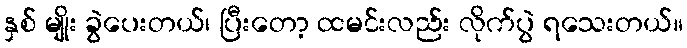
နှစ် မျိုး ခွဲပေးတယ်၊ ပြီးတော့ ထမင်းလည်း လိုက်ပွဲ ရသေးတယ်။